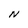
Character: N